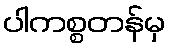
ပါကစ္စတန်မှ